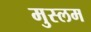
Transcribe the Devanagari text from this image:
मुस्लम